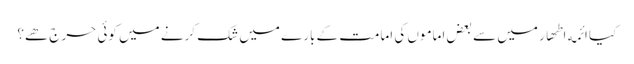
﻿ کیا ائمه اطھار میں سے بعض اماموں کی امامت کے بارے میں شک کرنے میں کوئی حرج ھے؟